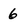
Character: 6